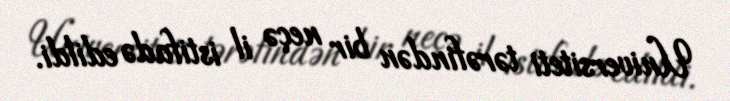
Universiteti tərəfindən bir neçə il istifadə edildi.